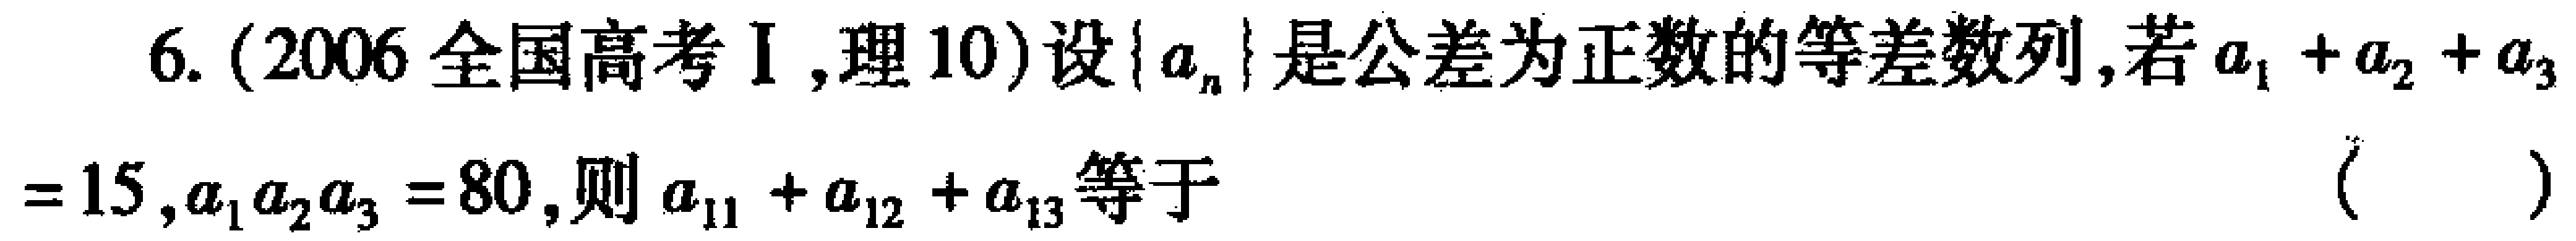
6. (2006全国高考I,理10)设\(\{ a_{n}\}\)是公差为正数的等差数列,若\(a_{1}+a_{2}+a_{3}\)
\(=15,a_{1}a_{2}a_{3}=80\),则\(a_{11}+a_{12}+a_{13}\)等于（  ）